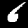
Label: 6